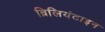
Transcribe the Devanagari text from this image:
ब्रिलियंटाइन